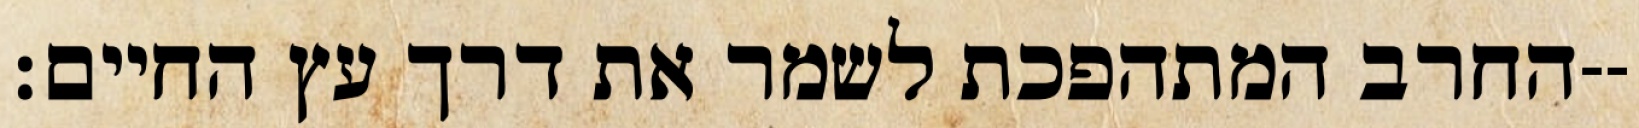
החרב המתהפכת לשמר את דרך עץ החיים׃--